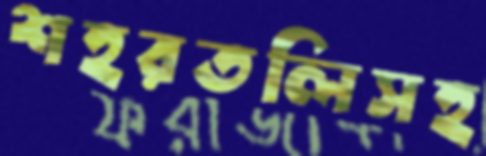
শহরতলিসহ